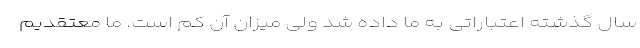
سال گذشته اعتباراتی به ما داده شد ولی میزان آن کم است. ما معتقدیم